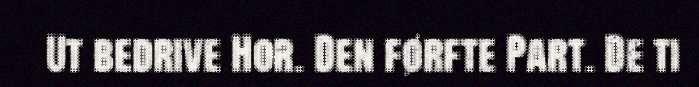
Ut bedrive Hor. Den førfte Part. De ti